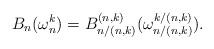
LaTeX: \begin{align*}B_n(\omega_n^k) = B_{n/(n,k)}^{(n,k)}(\omega_{n/(n,k)}^{k/(n,k)}).\end{align*}